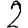
Digit: 2